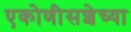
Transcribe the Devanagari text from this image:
एकोणीसशेच्या